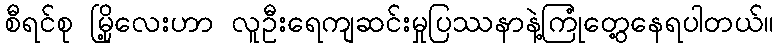
စီရင်စု မြို့လေးဟာ လူဦးရေကျဆင်းမှုပြဿနာနဲ့ကြုံတွေ့နေရပါတယ်။